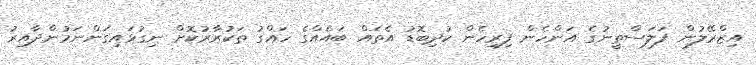
އިޒްރޭލުން ފަލަސްތީނުގެ އަންހެން ފިރިހެން ކުދިބޮޑު އެތައް ބައެއްގެ ހައްގު ތަކުރާރުކޮށް ނިގުޅައިގަންނަމުންދާއިރު